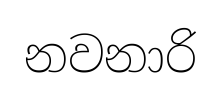
නවනාරි